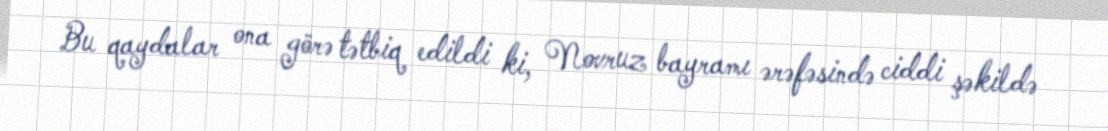
Bu qaydalar ona görə tətbiq edildi ki, Novruz bayramı ərəfəsində ciddi şəkildə